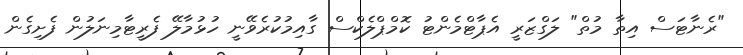
"ރެނާޓަސް އިތާ މުތް" ލަގްޒަރީ އެޕާޓްމެންޓު ކޮމްޕްލެކްސް ގާއިމުކުރެވޭނީ ހުޅުމާލޭ ފެރީޓާމިނަލުން ފެށިގެން